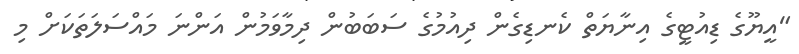
"އީޔޫގެ ޑިއުޓީގެ އިނާޔަތް ކެނޑިގެން ދިއުމުގެ ސަބަބުން ދިމާވަމުން އަންނަ މައްސަލަތަކަށް މި